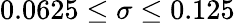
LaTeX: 0.0625\le\sigma\le 0.125